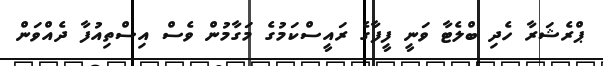
ޕްރެޝަރާ ހެދި ބްލެޓާ ވަނީ ފީފާގެ ރައީސްކަމުގެ މަގާމުން ވެސް އިސްތިއުފާ ދެއްވަން